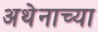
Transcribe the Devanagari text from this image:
अथेनाच्या